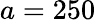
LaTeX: a=250